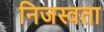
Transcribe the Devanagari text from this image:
निजस्वता